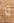
يا